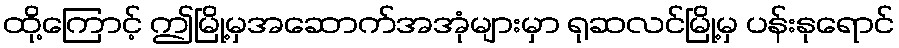
ထို့ကြောင့် ဤမြို့မှအဆောက်အအုံများမှာ ရုဆလင်မြို့မှ ပန်းနုရောင်